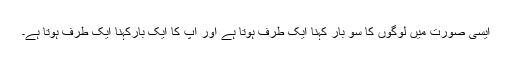
ایسی صورت میں لوگوں کا سو بار کہنا ایک طرف ہوتا ہے اور آپ کا ایک بارکہنا ایک طرف ہوتا ہے۔